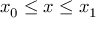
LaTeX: x _ { 0 } \leq x \leq x _ { 1 }